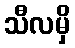
သီလမှိ